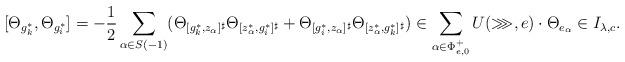
LaTeX: \begin{align*}[\Theta_{g_k^*},\Theta_{g_i^*}]=-\frac{1}{2}\sum\limits_{\alpha\in S(-1)}(\Theta_{[g_k^*,z_\alpha]^{\sharp}}\Theta_{[z_\alpha^*,g_i^*]^{\sharp}} +\Theta_{[g_i^*,z_\alpha]^{\sharp}}\Theta_{[z_\alpha^*,g_k^*]^{\sharp}})\in\sum_{\alpha\in\Phi^+_{e,0}}U(\ggg,e)\cdot\Theta_{e_\alpha}\in I_{\lambda,c}.\end{align*}